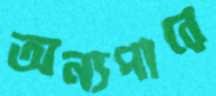
অন্যপারে